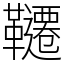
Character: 韆